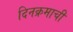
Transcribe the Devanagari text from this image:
दिनक्रमाची